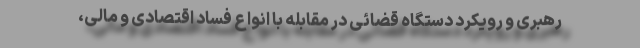
رهبری و رویکرد دستگاه قضائی در مقابله با انواع فساد اقتصادی و مالی،